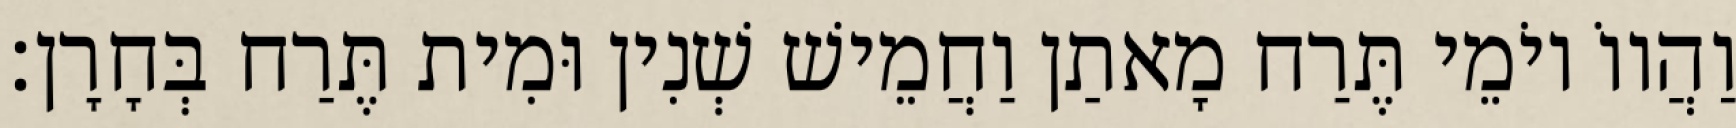
וַהֲווֹ יוֹמֵי תֶּרַח מָאתַן וַחֲמֵישׁ שְׁנִין וּמִית תֶּרַח בְּחָרָן׃